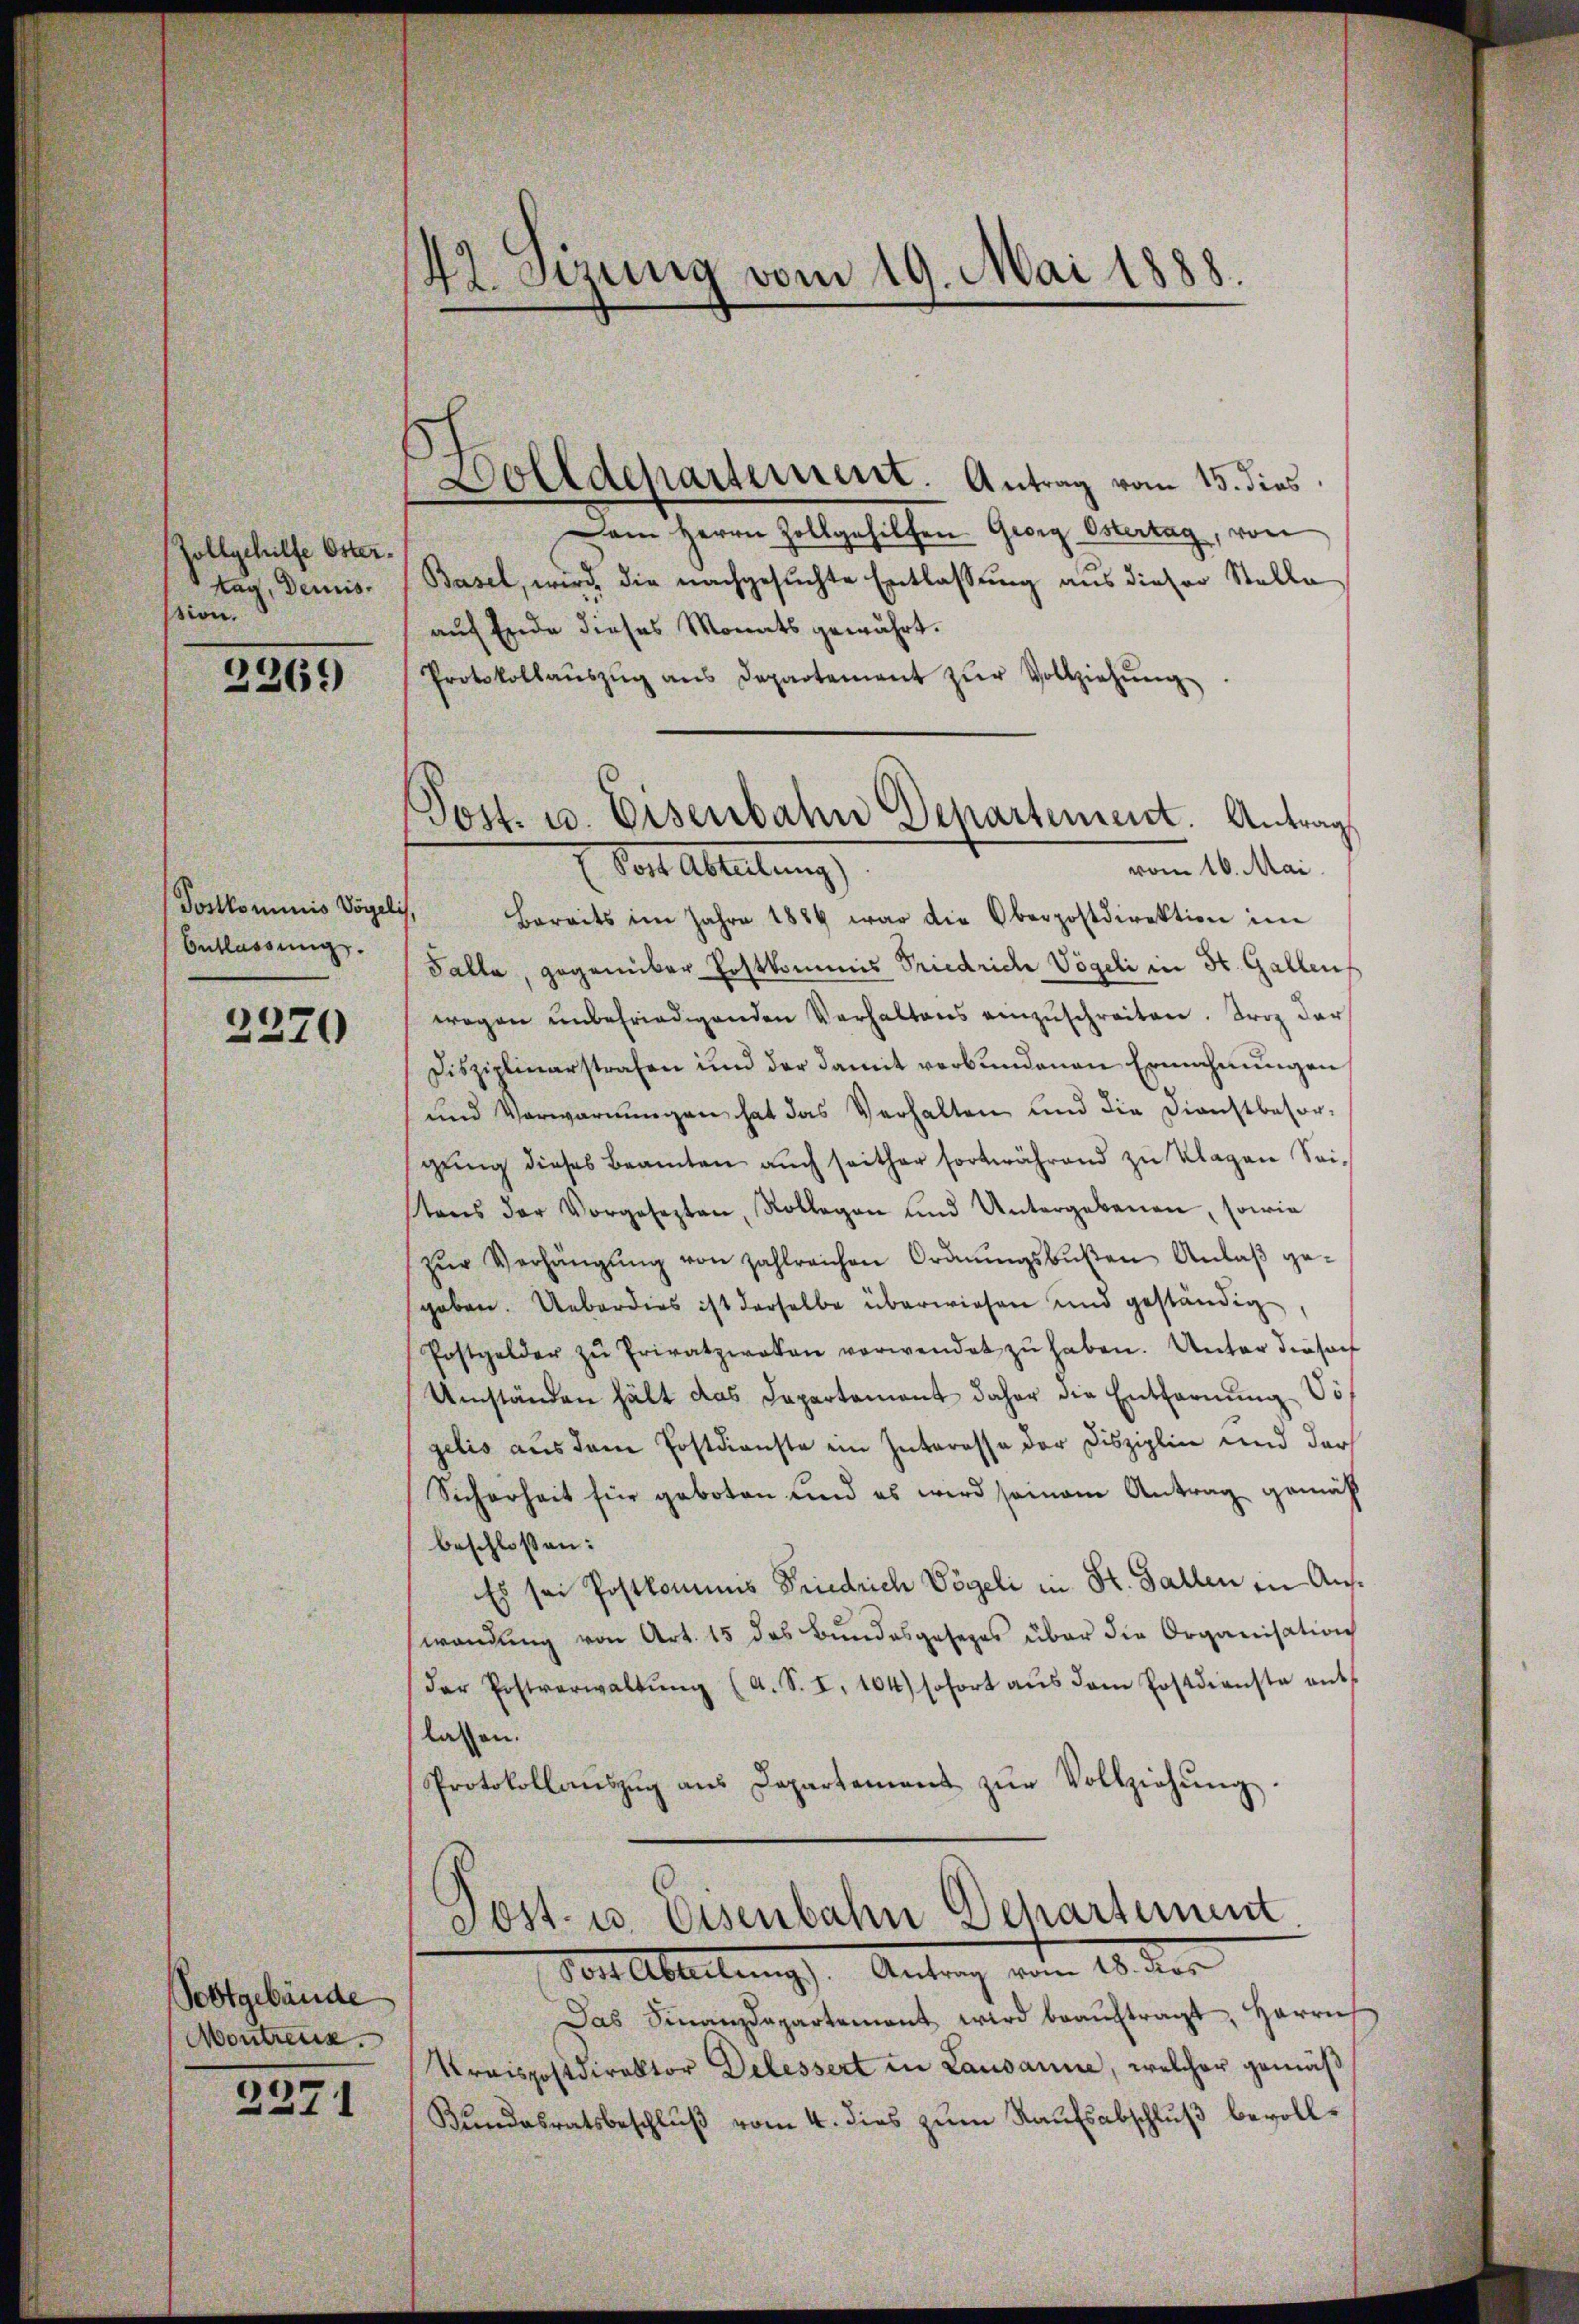
Zollgehilfe Oster.
tag, Demission.

2269

Postkominis Vögel
Entlassung.

2370

Postgebäude
Montreux.

2371

42. Sezung vom 19. Mai 1888.

Wolldepartement. Antrag vom 15. dies
Dem Herrn Zollgehilfen Georg Ostertag, von
Basel, wird, die nachgesuchte Entlassung aus dieser Stelle
auf Ende dieses Monats gewährt.
Protokollaŭszŭg ans Departement zŭr Vollziehŭng
f
Bereits im Jahre 1889 war die Oberpostdirektion im
Talla, gegenüber Postkommis Friedrich Vögeli in St. Gallens
wegen unbefriedigenden Verhaltens einzuschreiten. Friz der
Disziplinarstrafen und der damit verbundenen Ermahnungen
und Verwarnŭngen hat das Verhalten und die Dienstbesor-
gŭng dieses Beamten aŭch seither fortwährend zu Klagen Sei-
stens der Vorgesezten, Rollegen und Untergebenen, sowie
zŭr Verhängŭng von zahlreichen Ordnŭngsbŭβen Anlaβ ge-
geben. Ueberdies ist derselbe überwiesen und geständig
Postgelder zŭ Privatzwoten verwendet zŭ haben. Unter dieser
Umständen hält das Departament daher die Entfernŭng Vo
gelis aus dem Postdienste im Interesse der Disziplin und der
Sicherheit für geboten und es wird seinem Antrag gemäß
beschloßen:
Es sei Postkommis Friedrich Vögeli in St. Gallen in Auswendŭng von Art. 15 des Bŭndesgesezes über die Organisation
der Postverwaltŭng (a. S. I. 104) sofort aŭs dem Postdienste ent
lassen.
Protokollaŭszŭg ans Departement zŭr Vollziehŭng.

Post. u. Eisenbahn Departement. Antrag
E. Vor Abreitung
vom 16. Mai.

Post- u. Eisenbahn Behartement
Post Abteilung). Antrag vom 18. dies

Das Finanzdepartement wird beaŭftragt, Herrn
Kraispostdirektor Delessert in Lausanne, welcher gemäß
Kundesratsbeschluß vom 4. dies zum Kaufsabschluß bevoll¬